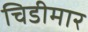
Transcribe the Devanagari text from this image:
चिडीमार